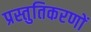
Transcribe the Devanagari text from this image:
प्रस्तुतिकरणों